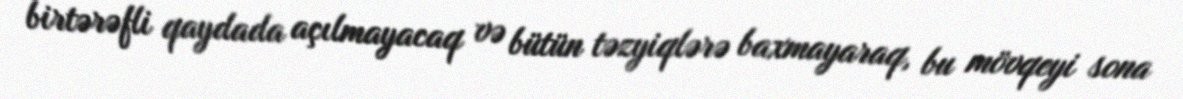
birtərəfli qaydada açılmayacaq və bütün təzyiqlərə baxmayaraq, bu mövqeyi sona